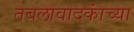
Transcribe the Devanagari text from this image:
तबलावादकांच्या